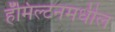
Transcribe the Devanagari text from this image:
हॅमिल्टनमधील